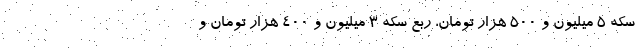
سکه ۵ میلیون و ۵۰۰ هزار تومان، ربع سکه ۳ میلیون و ۴۰۰ هزار تومان و